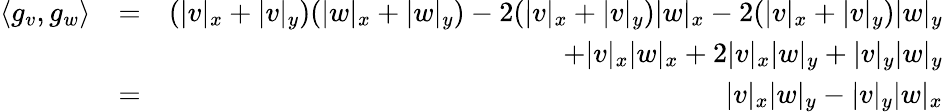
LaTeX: \begin{array}{rlr}{\langle g_{v},g_{w}\rangle}&{=}&{(|v|_{x}+|v|_{y})(|w|_{x}+|w|_{y})-2(|v|_{x}+|v|_{y})|w|_{x}-2(|v|_{x}+|v|_{y})|w|_{y}}\\ &{}&{\qquad+|v|_{x}|w|_{x}+2|v|_{x}|w|_{y}+|v|_{y}|w|_{y}}\\ &{=}&{|v|_{x}|w|_{y}-|v|_{y}|w|_{x}}\end{array}